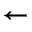
\leftarrow